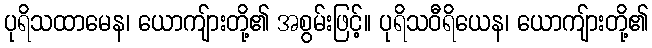
ပုရိသထာမေန၊ ယောကျ်ားတို့၏ အစွမ်းဖြင့်။ ပုရိသဝီရိယေန၊ ယောကျ်ားတို့၏